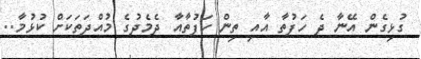
ގުޅިގެން އޭނާ ދެ ހަފުތާ އާއި ތިން ހަފުތާއާ ދެމެދުގެ މުއްދަތަކަށް ކުޅުމާ..